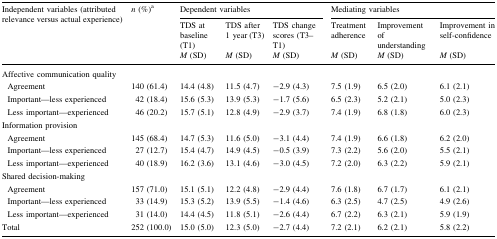
<table><thead><tr><td rowspan="3"><b>Independent variables (attributed relevance versus actual experience)</b></td><td rowspan="3"><b><i>n</i> (%)<sup>a</sup></b></td><td colspan="3"><b>Dependent variables</b></td><td colspan="3"><b>Mediating variables</b></td></tr><tr><td><b>TDS at baseline (T1)</b></td><td><b>TDS after 1 year (T3)</b></td><td><b>TDS change scores (T3–T1)</b></td><td><b>Treatment adherence</b></td><td><b>Improvement of understanding</b></td><td><b>Improvement in self-confidence</b></td></tr><tr><td><b><i>M</i> (SD)</b></td><td><b><i>M</i> (SD)</b></td><td><b><i>M</i> (SD)</b></td><td><b><i>M</i> (SD)</b></td><td><b><i>M</i> (SD)</b></td><td><b><i>M</i> (SD)</b></td></tr></thead><tbody><tr><td colspan="8">Affective communication quality</td></tr><tr><td> Agreement</td><td>140 (61.4)</td><td>14.4 (4.8)</td><td>11.5 (4.7)</td><td>−2.9 (4.3)</td><td>7.5 (1.9)</td><td>6.5 (2.0)</td><td>6.1 (2.1)</td></tr><tr><td> Important—less experienced</td><td>42 (18.4)</td><td>15.6 (5.3)</td><td>13.9 (5.3)</td><td>−1.7 (5.6)</td><td>6.5 (2.3)</td><td>5.2 (2.1)</td><td>5.0 (2.3)</td></tr><tr><td> Less important—experienced</td><td>46 (20.2)</td><td>15.7 (5.1)</td><td>12.8 (4.9)</td><td>−2.9 (3.7)</td><td>7.4 (1.9)</td><td>6.8 (1.8)</td><td>6.0 (2.3)</td></tr><tr><td colspan="8">Information provision</td></tr><tr><td> Agreement</td><td>145 (68.4)</td><td>14.7 (5.3)</td><td>11.6 (5.0)</td><td>−3.1 (4.4)</td><td>7.4 (1.9)</td><td>6.6 (1.8)</td><td>6.2 (2.0)</td></tr><tr><td> Important—less experienced</td><td>27 (12.7)</td><td>15.4 (4.7)</td><td>14.9 (4.5)</td><td>−0.5 (3.9)</td><td>7.3 (2.2)</td><td>5.6 (2.0)</td><td>5.5 (2.1)</td></tr><tr><td> Less important—experienced</td><td>40 (18.9)</td><td>16.2 (3.6)</td><td>13.1 (4.6)</td><td>−3.0 (4.5)</td><td>7.2 (2.0)</td><td>6.3 (2.2)</td><td>5.9 (2.1)</td></tr><tr><td colspan="8">Shared decision-making</td></tr><tr><td> Agreement</td><td>157 (71.0)</td><td>15.1 (5.1)</td><td>12.2 (4.8)</td><td>−2.9 (4.4)</td><td>7.6 (1.8)</td><td>6.7 (1.7)</td><td>6.1 (2.1)</td></tr><tr><td> Important—less experienced</td><td>33 (14.9)</td><td>15.3 (5.2)</td><td>13.9 (5.5)</td><td>−1.4 (4.6)</td><td>6.3 (2.5)</td><td>4.7 (2.5)</td><td>4.9 (2.6)</td></tr><tr><td> Less important—experienced</td><td>31 (14.0)</td><td>14.4 (4.5)</td><td>11.8 (5.1)</td><td>−2.6 (4.4)</td><td>6.7 (2.2)</td><td>6.3 (2.1)</td><td>5.9 (1.9)</td></tr><tr><td>Total</td><td>252 (100.0)</td><td>15.0 (5.0)</td><td>12.3 (5.0)</td><td>−2.7 (4.4)</td><td>7.2 (2.1)</td><td>6.2 (2.1)</td><td>5.8 (2.2)</td></tr></tbody></table>